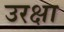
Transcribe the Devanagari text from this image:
उरक्षा